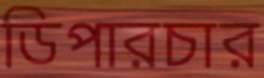
ডিপারচার